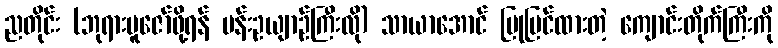
ညတိုင်း (ဘုရားပူဇော်ဖို့ရန် ပန်းဥယျာဉ်ကြီးလို) သာယာအောင် ပြုပြင်ထားတဲ့ ကျောင်းတိုက်ကြီးကို